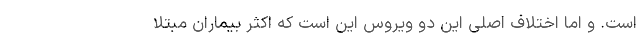
است. و اما اختلاف اصلی این دو ویروس این است که اکثر بیماران مبتلا